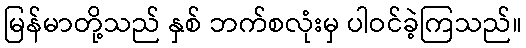
မြန်မာတို့သည် နှစ် ဘက်စလုံးမှ ပါဝင်ခဲ့ကြသည်။